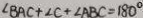
\angle B A C + \angle C + \angle A B C = 1 8 0 ^ { \circ }